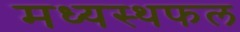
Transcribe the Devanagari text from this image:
मध्यस्थफल